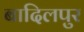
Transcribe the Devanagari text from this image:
बादिलपुर